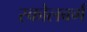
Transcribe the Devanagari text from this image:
स्कोलबर्ग